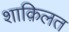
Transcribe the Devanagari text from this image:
शाक़िलत